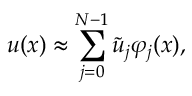
u ( x ) \approx \sum _ { j = 0 } ^ { N - 1 } \tilde { u } _ { j } \varphi _ { j } ( x ) ,